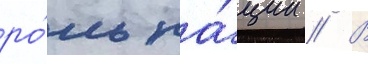
ро́ль на́ции // В